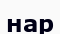
нар